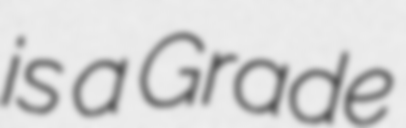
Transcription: is a Grade